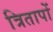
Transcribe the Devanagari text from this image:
त्रितापों